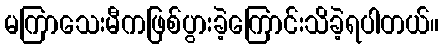
မကြာသေးမီကဖြစ်ပွားခဲ့ကြောင်းသိခဲ့ရပါတယ်။